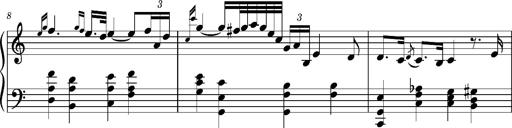
Title: Ungarischer Romanzero
Composer: Franz Liszt